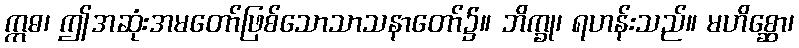
ဣဓ၊ ဤအဆုံးအမတော်ဖြစ်သောသာသနာတော်၌။ ဘိက္ခု၊ ရဟန်းသည်။ မဟိစ္ဆော၊